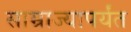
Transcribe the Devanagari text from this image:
साम्राज्यापर्यंत